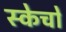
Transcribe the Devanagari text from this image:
स्केचों